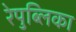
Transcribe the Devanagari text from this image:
रेपुब्लिका